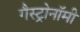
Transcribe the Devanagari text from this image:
गैस्ट्रोनॉमी